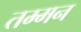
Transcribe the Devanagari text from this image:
तम्मन